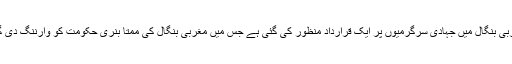
تمل ناڈو کے کوئمبٹور میںآرایس ایس کی سالانہ آل انڈیا پرتنیدھی سبھا میں مغربی بنگال میں جہادی سرگرمیوں پر ایک قرارداد منظور کی گئی ہے جس میں مغربی بنگال کی ممتا بنری حکومت کو وارننگ دی گئی ہے کہ وہ ووٹوں کی سیاست سے اوپر اٹھ کر اپنی آئینی ذمہ داری ادا کریں ۔